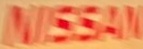
NISSAN